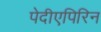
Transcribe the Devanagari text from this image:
पेदीएपिरिन